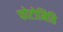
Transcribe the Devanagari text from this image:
फोटोमिति